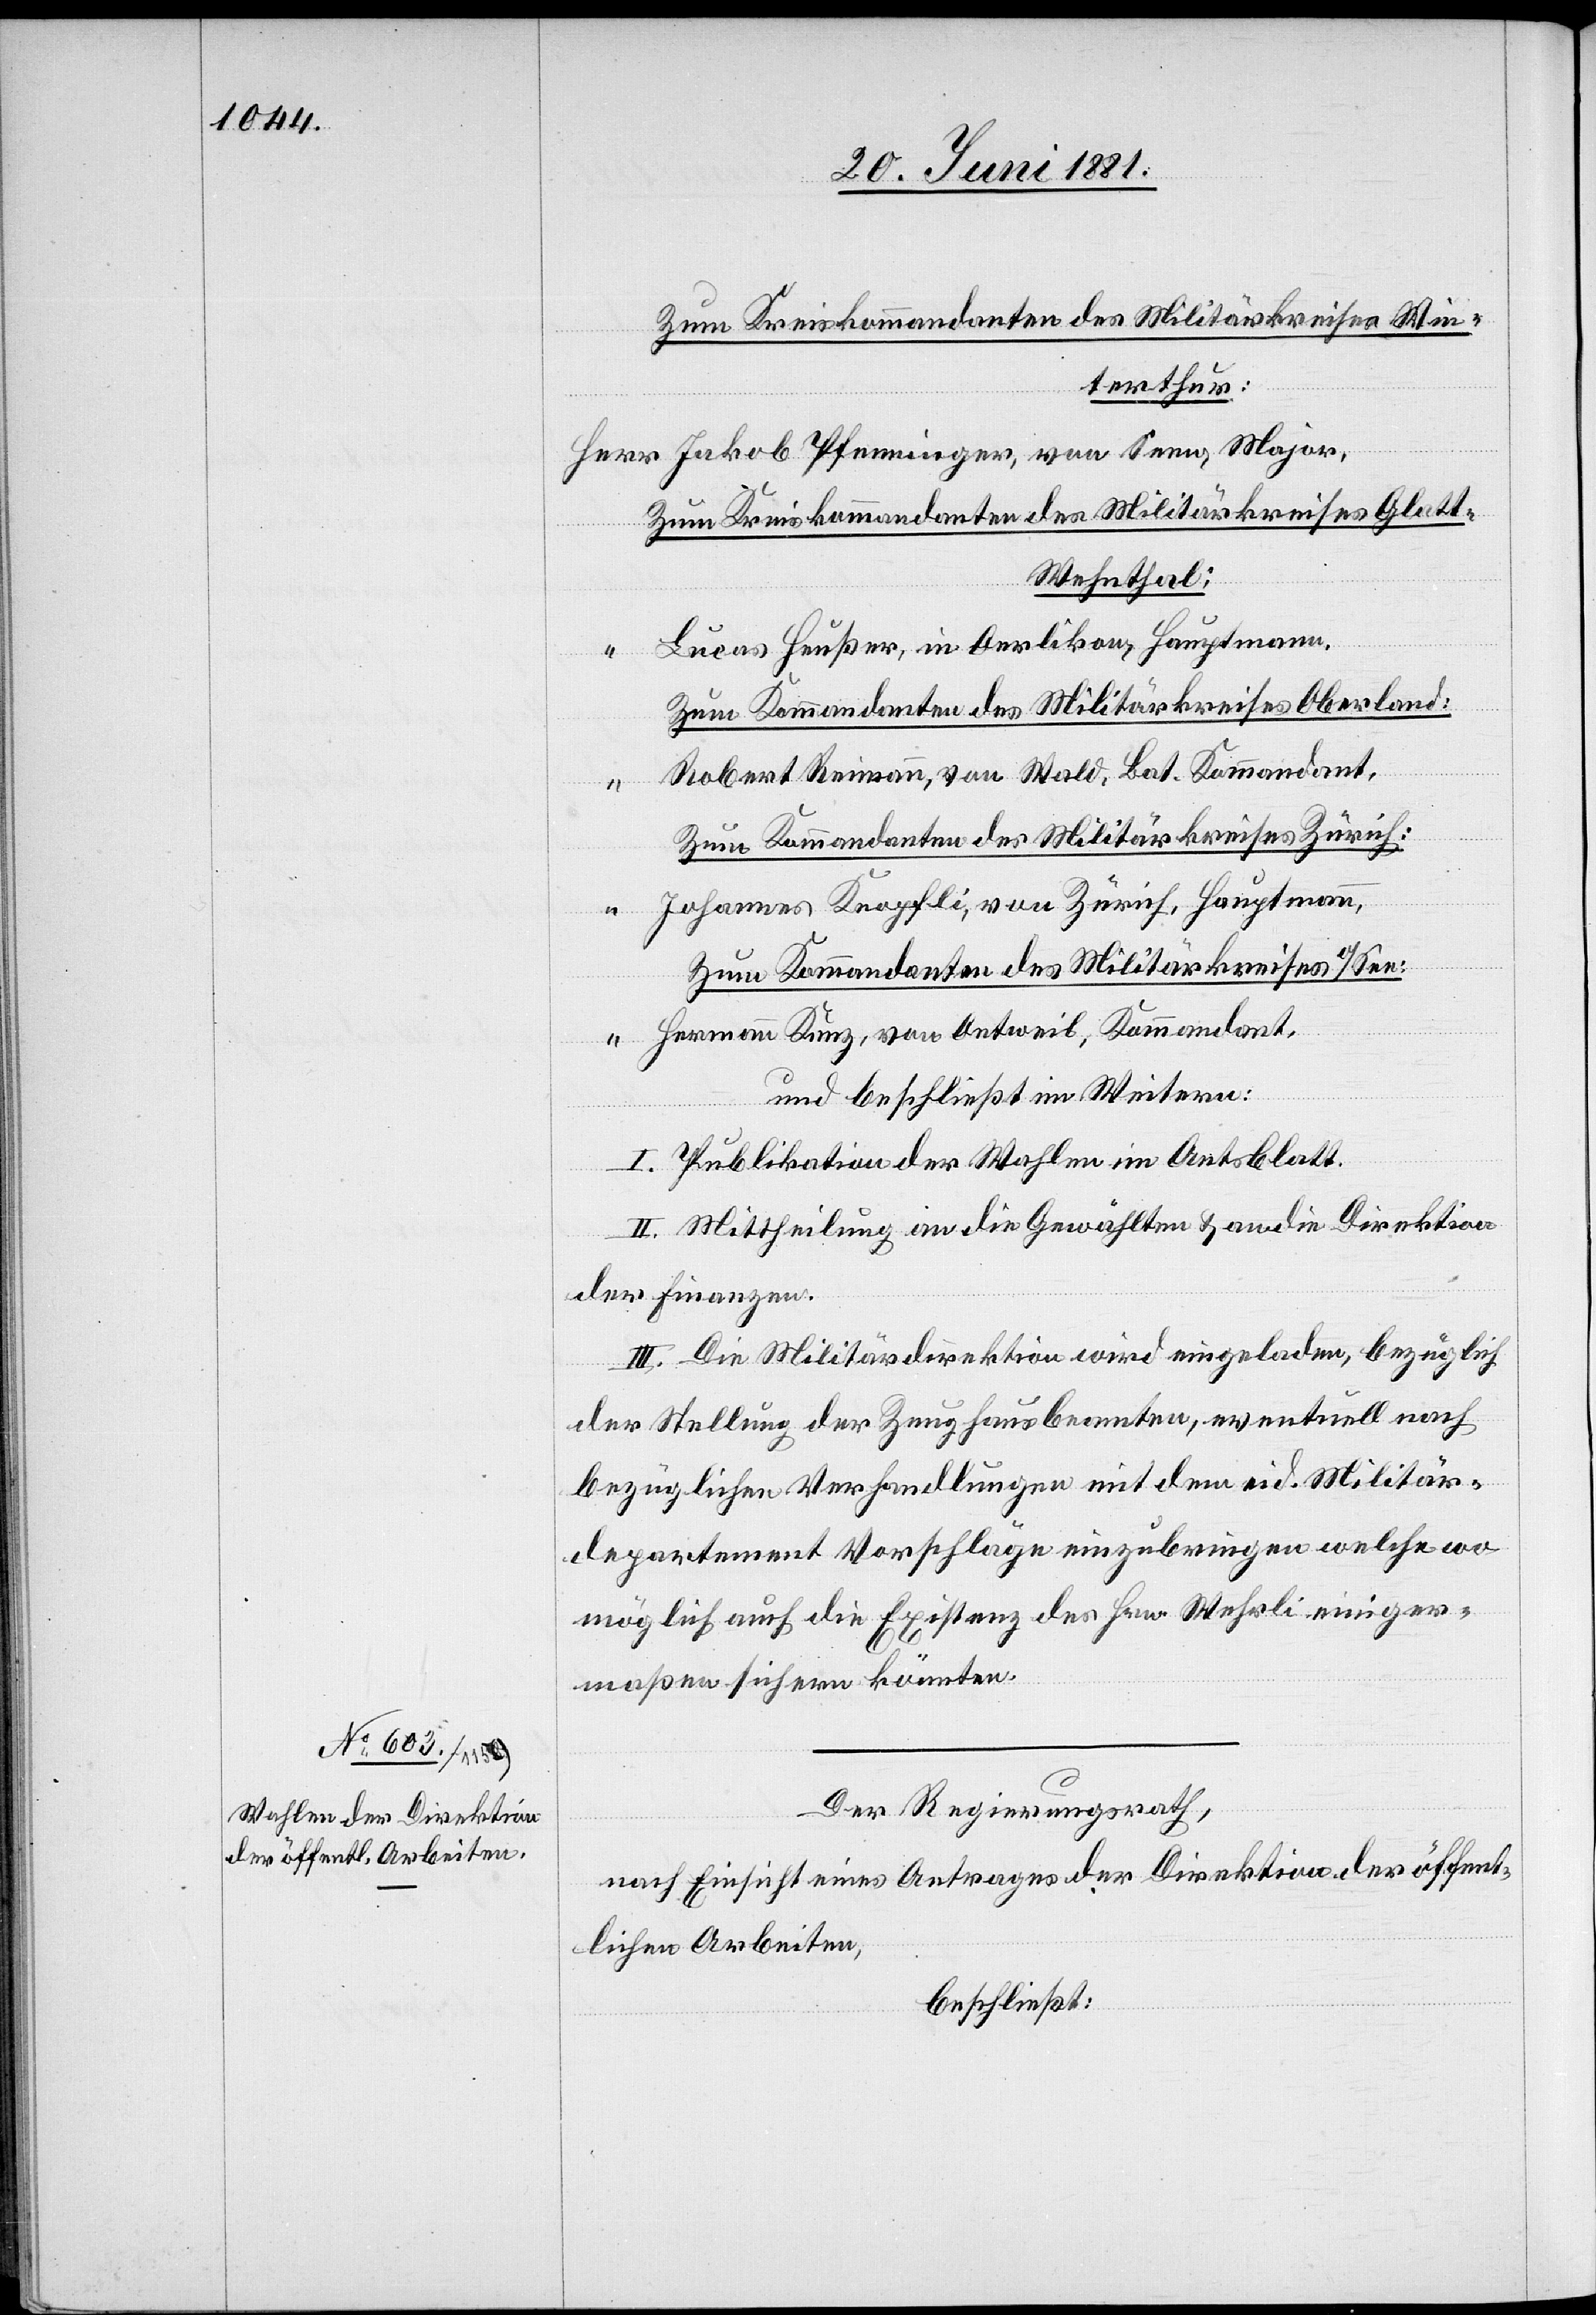
Zum Kreiskommandanten des Militärkreises Win¬
terthur:
Jakob Pfenninger, von Seen, Major,
Zum Kreiskommandanten des Militärkreises Glat¬
t-Wehnthal;
Lucas Haußer, in Oerlikon, Hauptmann,
Zum Kommandanten des Militärkreises Oberland:
Robert Reimann, von Wald, Bat. Kommandant,
Zum Kommandanten des Militärkreises Zürich:
Johannes Knopfli, von Zürich, Hauptmann,
Zum Kommandanten des Militärkreises O/See:
Hermann Kunz, von Oetweil, Kommandant,
und beschließt im Weitern:
I. Publikation der Wahlen im Amtsblatt.
II. Mittheilung an die Gewählten & an die Direktion
der Finanzen.
III. Die Militärdirektion wird eingeladen, bezüglich
der Stellung der Zeughausbeamten, eventuell nach
bezüglichen Verhandlungen mit dem eid. Militär¬
departement Vorschläge einzubringen welche wo
möglich auch die Existenz des Hrn. Wehrli einiger¬
maßen sichern könnten.
Der Regierungsrath,
nach Einsicht eines Antrages der Direktion der öffent¬
lichen Arbeiten,
beschließt: